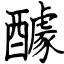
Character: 醵